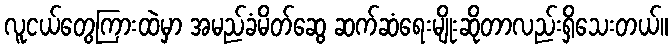
လူငယ်တွေကြားထဲမှာ အမည်ခံမိတ်ဆွေ ဆက်ဆံရေးမျိုးဆိုတာလည်းရှိသေးတယ်။